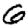
Digit: 6